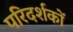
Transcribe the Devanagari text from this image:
परिदर्शकों